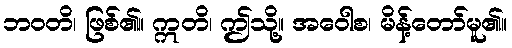
ဘဝတိ၊ ဖြစ်၏။ ဣတိ၊ ဤသို့။ အဝေါစ၊ မိန့်တော်မူ၏။